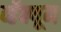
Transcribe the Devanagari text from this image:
व्हॅक्यूम